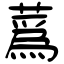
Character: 蔿